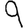
Digit: 9